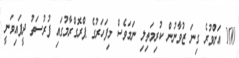
100 އަށްވުރެ ގިނަ ޒުވާނުން ކުރިމަތިލި ނަމަވެސް މިފަހަރުގެ ޕްރޮގްރާމުގައި ފުރުސަތު ދީފައިވަނީ